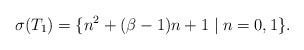
LaTeX: \begin{align*}\sigma(T_{1})=\{n^{2}+(\beta-1)n+1\mid n=0,1\}.\end{align*}